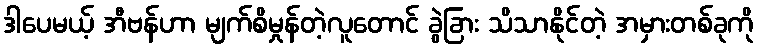
ဒါပေမယ့် အီဗန်ဟာ မျက်စိမှုန်တဲ့လူတောင် ခွဲခြား သိသာနိုင်တဲ့ အမှားတစ်ခုကို